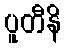
ပူတီနိ